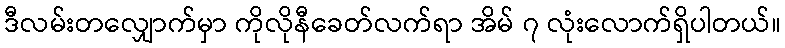
ဒီလမ်းတလျှောက်မှာ ကိုလိုနီခေတ်လက်ရာ အိမ် ၇ လုံးလောက်ရှိပါတယ်။